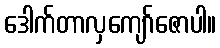
ဒေါက်တာလှကျော်ဇောပါ။